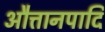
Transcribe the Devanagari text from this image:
औत्तानपादि